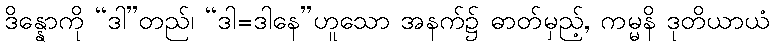
ဒိန္နောကို “ဒါ”တည်၊ “ဒါ=ဒါနေ”ဟူသော အနက်၌ ဓာတ်မှည့်, ကမ္မနိ ဒုတိယာယံ